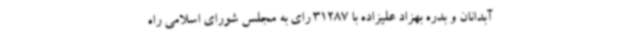
آبدانان و بدره بهزاد علیزاده با 31287 رای به مجلس شورای اسلامی راه